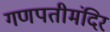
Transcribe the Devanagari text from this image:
गणपतीमंदिर